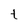
Character: t